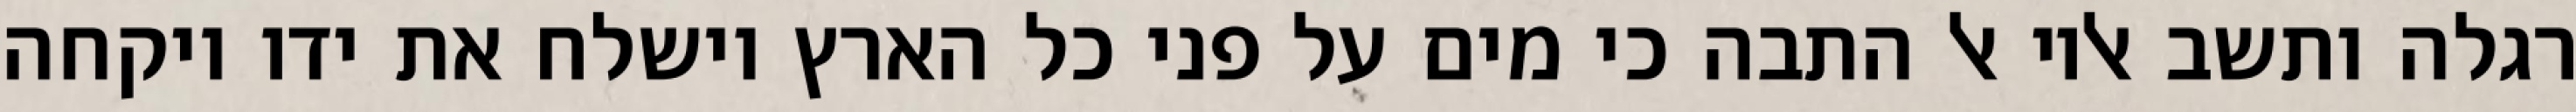
רגלה ותשב אליו אל התבה כי מים על פני כל הארץ וישלח את ידו ויקחה